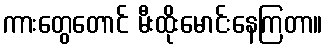
ကားတွေတောင် မီးထိုးမောင်းနေကြတာ။